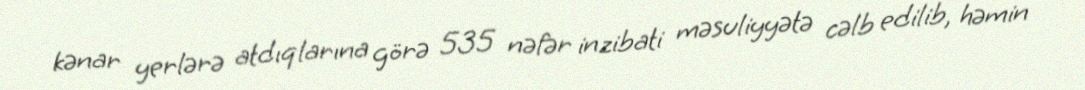
kənar yerlərə atdıqlarına görə 535 nəfər inzibati məsuliyyətə cəlb edilib, həmin